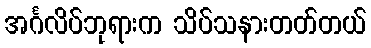
အင်္ဂလိပ်ဘုရားက သိပ်သနားတတ်တယ်